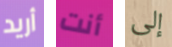
أريد أنت إلى